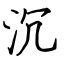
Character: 沉